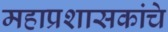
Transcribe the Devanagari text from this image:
महाप्रशासकांचे